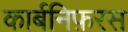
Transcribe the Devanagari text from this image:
कार्बनिफ़रस